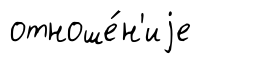
отноше́н'иjе